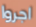
اجروا